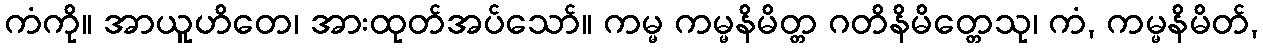
ကံကို။ အာယူဟိတေ၊ အားထုတ်အပ်သော်။ ကမ္မ ကမ္မနိမိတ္တ ဂတိနိမိတ္တေသု၊ ကံ, ကမ္မနိမိတ်,